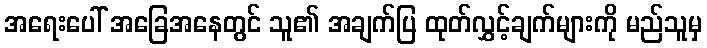
အရေးပေါ် အခြေအနေတွင် သူ၏ အချက်ပြ ထုတ်လွှင့်ချက်များကို မည်သူမှ